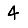
Digit: 4